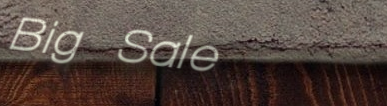
Big Sale